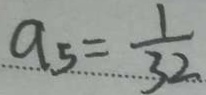
a _ { 5 } = \frac { 1 } { 3 2 }